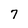
Character: 7